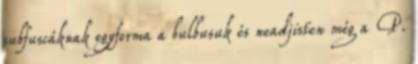
subfuscáknak egyforma a bulbusuk és neadjisten még a P.